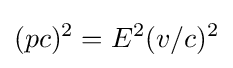
(pc)^{2}=E^{2}(v/c)^{2}